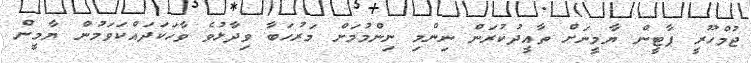
ޖުމްހޫރީ ޕާޓީން ޔާމީނަށް ތާއީދުކުރަން ނިންމި ނިންމުމަށް މަރުހަބާ ވިދާޅުވެ ވާހަކަދައްކަވަމުން ޔާމީން